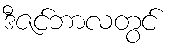
ဒီဇင်ဘာလတွင်